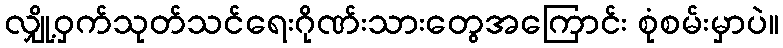
လျှို့ဝှက်သုတ်သင်ရေးဂိုဏ်းသားတွေအကြောင်း စုံစမ်းမှာပဲ။